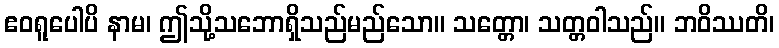
ဧဝရူပေါပိ နာမ၊ ဤသို့သဘောရှိသည်မည်သော။ သတ္တော၊ သတ္တဝါသည်။ ဘဝိဿတိ၊